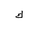
Letter: _kaf